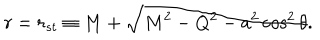
r = r _ { s t } \equiv M + \sqrt { M ^ { 2 } - Q ^ { 2 } - a ^ { 2 } \cos ^ { 2 } \theta } .